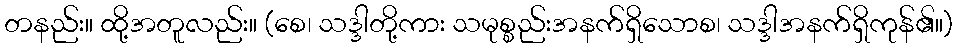
တနည်း။ ထို့အတူလည်း။ (စေ၊ သဒ္ဒါတို့ကား သမုစ္စည်းအနက်ရှိသောစ၊ သဒ္ဒါအနက်ရှိကုန်၏။)